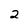
Character: 2